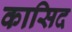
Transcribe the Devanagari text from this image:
कासिद